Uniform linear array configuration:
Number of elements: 4
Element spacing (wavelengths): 0.25
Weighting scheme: cosine
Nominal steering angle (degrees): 0
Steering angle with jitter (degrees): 0.5692
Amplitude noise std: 0.05
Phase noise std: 0.05

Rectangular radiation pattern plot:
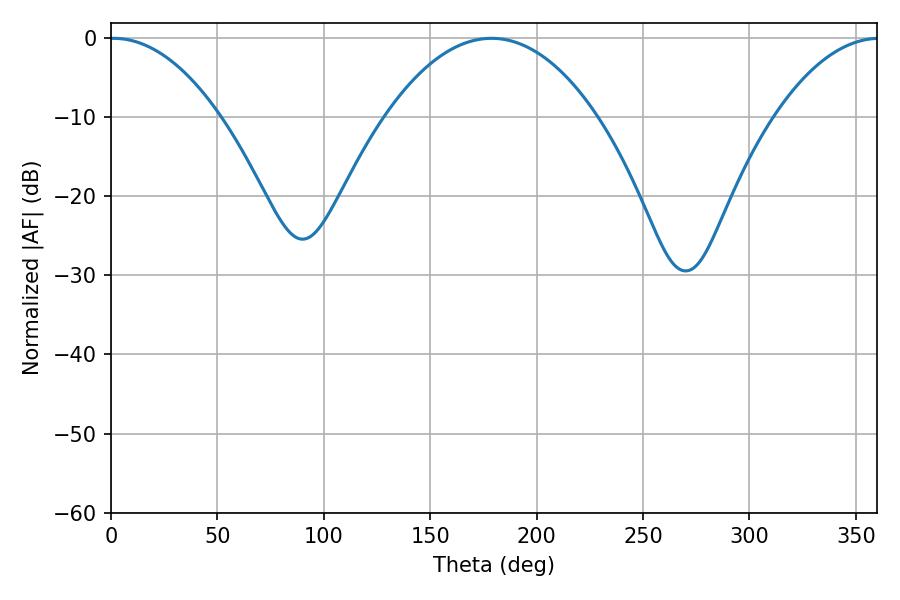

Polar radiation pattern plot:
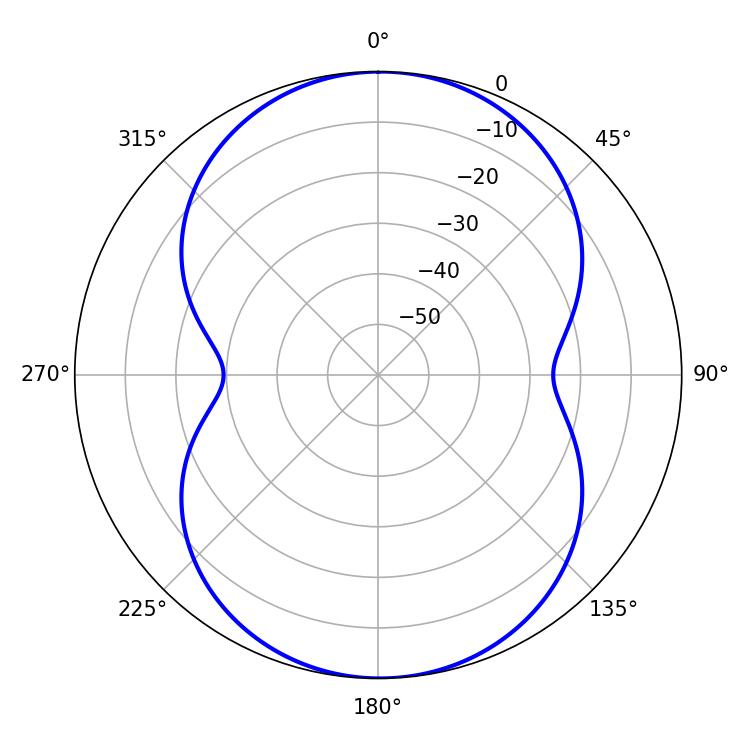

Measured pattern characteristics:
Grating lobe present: FALSE
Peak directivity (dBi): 16.319
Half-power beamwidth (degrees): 28.98
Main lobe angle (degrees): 1.26